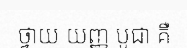
ថ្វាយ យញ្ញ បូជា គឺ